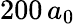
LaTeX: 200\, a_{0}